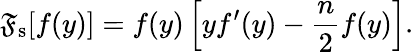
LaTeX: \mathfrak{F}_{\mathrm{{s}}}[f(y)]=f(y)\left[yf^{\prime}(y)-\frac{{n}}{{2}}f(y)\right].